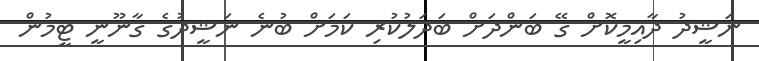
ނަޝީދު ދާއިމީކޮށް ގޭ ބަންދަށް ބަދަލުކުރި ކަމަށް ބުނެ ނަޝީދުގެ ގާނޫނީ ޓީމުން